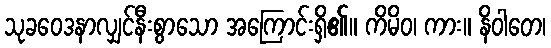
သုခဝေဒနာလျှင်နီးစွာသော အကြောင်းရှိ၏။ ကိမိဝ၊ ကား။ နိဝါတေ၊